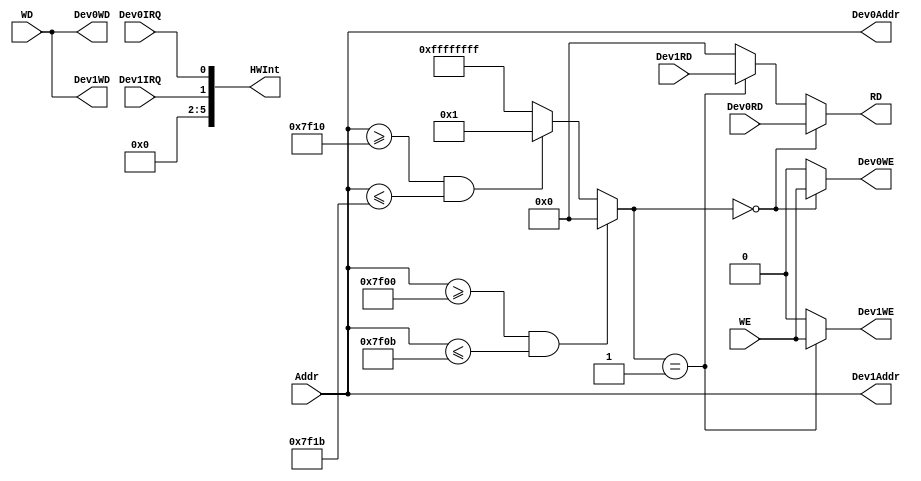
`timescale 1ns / 1ps
//////////////////////////////////////////////////////////////////////////////////
// Company: 
// Engineer: 
// 
// Design Name: 
// Module Name:    Bridge 
// Project Name: 
// Target Devices: 
// Tool versions: 
// Description: 
//
// Dependencies: 
//
// Revision: 
// Revision 0.01 - File Created
// Additional Comments: 
//
//////////////////////////////////////////////////////////////////////////////////
module SouthBridge(
	input [31:0] Addr,
	input [31:0] WD,
	input WE,
	output [31:0] RD,
	
	output [5:0] HWInt,
	
	//Dev0
	output [31:0] Dev0Addr,
	output [31:0] Dev0WD,
	output Dev0WE,
	input [31:0] Dev0RD,
	input Dev0IRQ,
	
	//Dev1
	output [31:0] Dev1Addr,
	output [31:0] Dev1WD,
	output Dev1WE,
	input [31:0] Dev1RD,
	input Dev1IRQ
	);
	
	assign Dev0Addr=Addr;
	assign Dev1Addr=Addr;
	
	assign Dev0WD=WD;
	assign Dev1WD=WD;
	
	wire [31:0] ch=	(Addr>=32'h00007f00 && Addr<=32'h00007f0b) ? 0 :
					(Addr>=32'h00007f10 && Addr<=32'h00007f1b) ? 1 :
					-1;
					
	assign Dev0WE= ch==0 ? WE : 1'b0;
	assign Dev1WE= ch==1 ? WE : 1'b0;
	
	assign RD=	ch==0 ? Dev0RD :
				ch==1 ? Dev1RD :
				0;
	
	assign HWInt={1'b0,1'b0,1'b0,1'b0,Dev1IRQ,Dev0IRQ};
	
endmodule